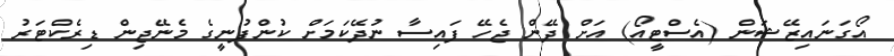
އޯގަނައިޒޭޝަން (އެސްޓީއޯ) އަށް ދޭން ޖެހޭ ފައިސާ ނުދޭކަމަށް ކުންފުނީގެ މެނޭޖިން ޑިރެކްޓަރު